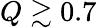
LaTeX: Q\gtrsim 0.7